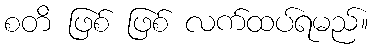
စတိ ဖြစ် ဖြစ် လက်ထပ်ရမည်။